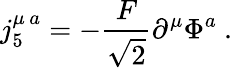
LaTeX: j_{5}^{\mu\, a}=-\frac{F}{\sqrt{2}}\partial^{\mu}\Phi^{a}\ .